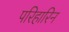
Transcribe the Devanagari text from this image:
परिहारिन